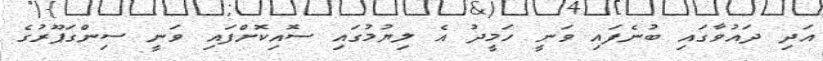
އަދި ދައުވާގައި ބުނެފައި ވަނީ ހަމީދު އެ ލިޔުމުގައި ސޮއިކޮށްފައި ވަނީ ސިންގަޕޫރުގެ